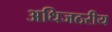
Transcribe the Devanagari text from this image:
अधिजठरीय